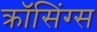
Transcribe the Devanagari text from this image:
क्रॉसिंग्स